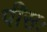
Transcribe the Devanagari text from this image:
पीसः